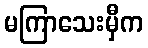
မကြာသေးမှီက